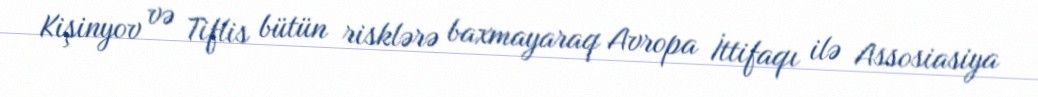
Kişinyov və Tiflis bütün risklərə baxmayaraq Avropa İttifaqı ilə Assosiasiya